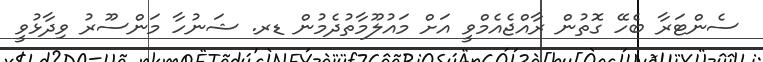
ސެންޓަރާ ބެހޭ ގޮތުން ރާއްޖެއެމްވީ އަށް މައުލޫމާތުދެމުން ޑރ. ޝަނުހާ މަންސޫރު ވިދާޅުވީ